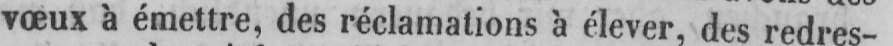
vœux à émettre, des réclamations à élever, des redres-